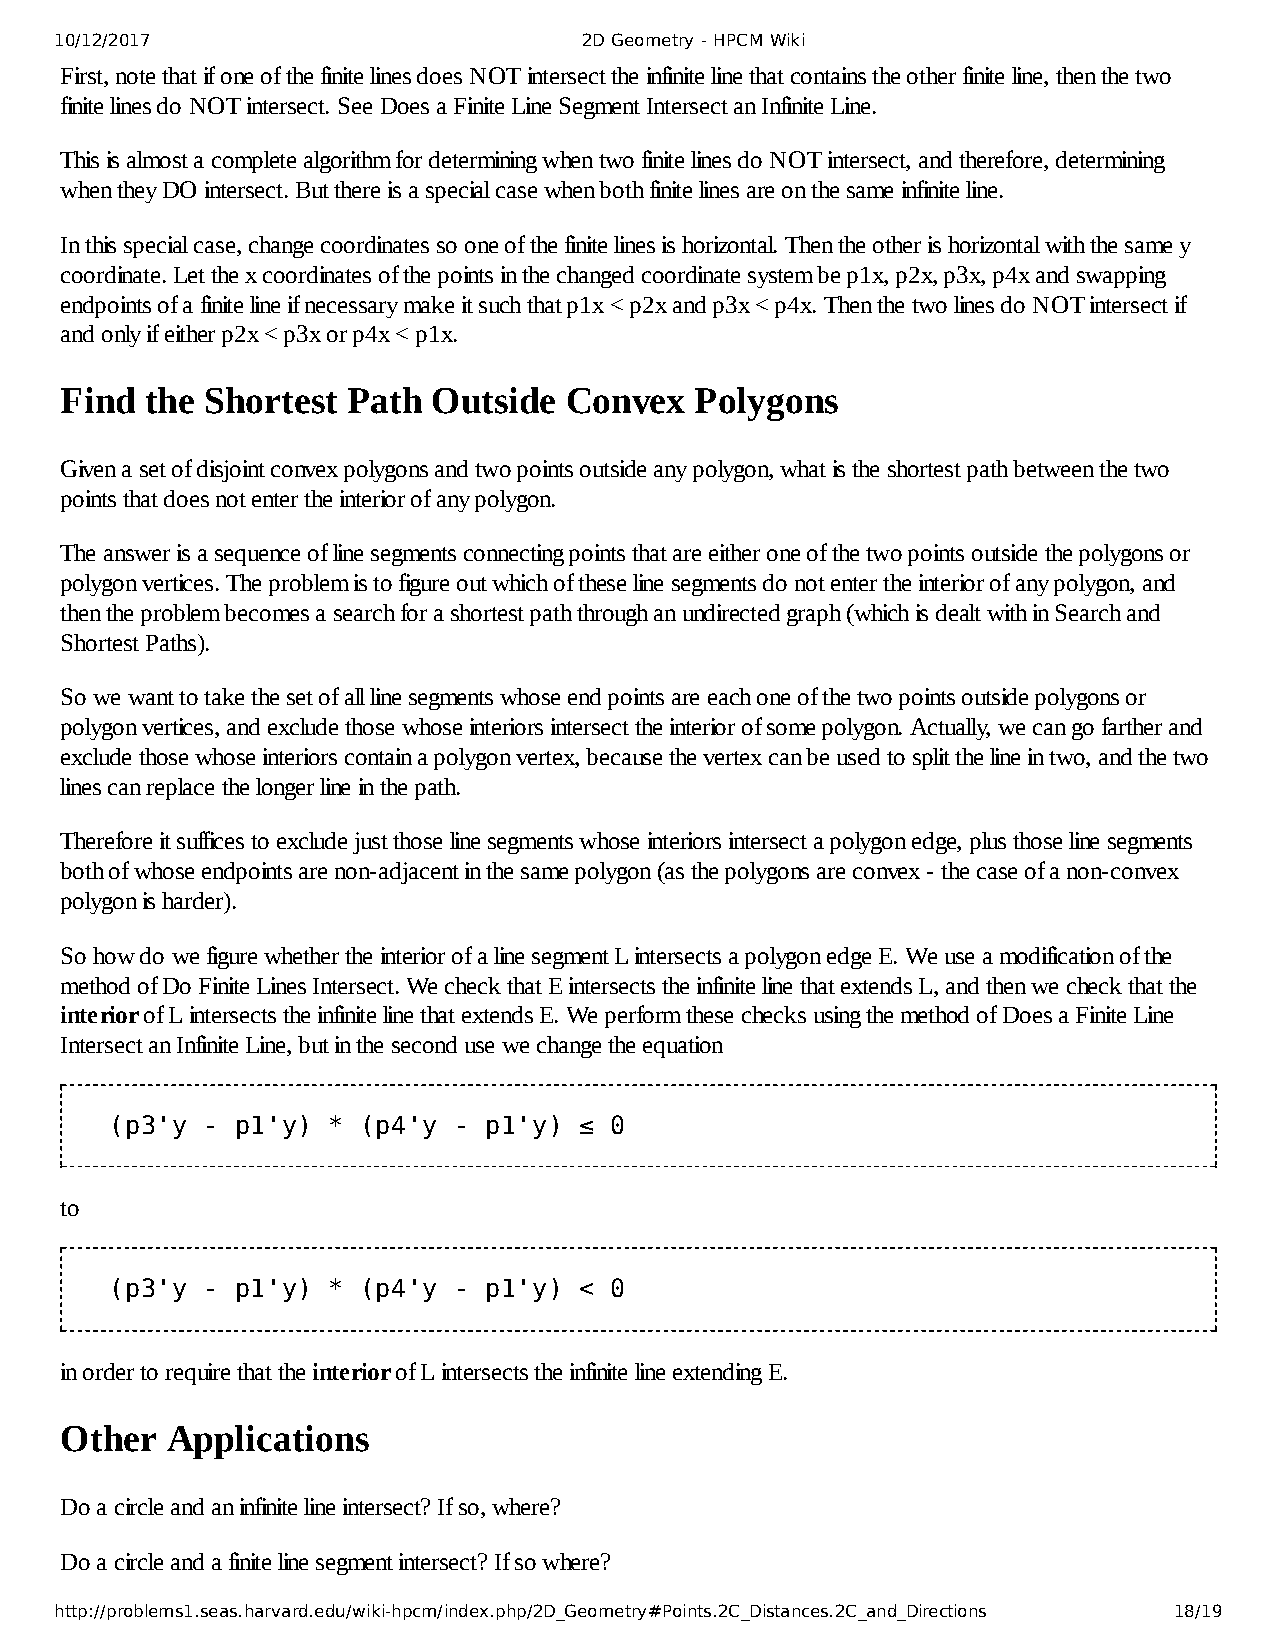
10/12/2017                         2D Geometry - HPCM Wiki
 First, note that if one of the finite lines does NOT intersect the infinite line that contains the other finite line, then the two
 finite lines do NOT intersect. See Does a Finite Line Segment Intersect an Infinite Line.
 This is almost a complete algorithm for determining when two finite lines do NOT intersect, and therefore, determining
 when they DO intersect. But there is a special case when both finite lines are on the same infinite line.
 In this special case, change coordinates so one of the finite lines is horizontal. Then the other is horizontal with the same y
 coordinate. Let the x coordinates of the points in the changed coordinate system be p1x, p2x, p3x, p4x and swapping
 endpoints of a finite line if necessary make it such that p1x < p2x and p3x < p4x. Then the two lines do NOT intersect if
 and only if either p2x < p3x or p4x < p1x.
 Find  the Shortest Path  Outside Convex   Polygons
 Given a set of disjoint convex polygons and two points outside any polygon, what is the shortest path between the two
 points that does not enter the interior of any polygon.
 The answer is a sequence of line segments connecting points that are either one of the two points outside the polygons or
 polygon vertices. The problem is to figure out which of these line segments do not enter the interior of any polygon, and
 then the problem becomes a search for a shortest path through an undirected graph (which is dealt with in Search and
 Shortest Paths).
 So we want to take the set of all line segments whose end points are each one of the two points outside polygons or
 polygon vertices, and exclude those whose interiors intersect the interior of some polygon. Actually, we can go farther and
 exclude those whose interiors contain a polygon vertex, because the vertex can be used to split the line in two, and the two
 lines can replace the longer line in the path.
 Therefore it suffices to exclude just those line segments whose interiors intersect a polygon edge, plus those line segments
 both of whose endpoints are non-adjacent in the same polygon (as the polygons are convex - the case of a non-convex
 polygon is harder).
 So how do we figure whether the interior of a line segment L intersects a polygon edge E. We use a modification of the
 method of Do Finite Lines Intersect. We check that E intersects the infinite line that extends L, and then we check that the
 interior of L intersects the infinite line that extends E. We perform these checks using the method of Does a Finite Line
 Intersect an Infinite Line, but in the second use we change the equation
 (p3'y -  p1'y) * (p4'y - p1'y) ≤ 0
 to
 (p3'y -  p1'y) * (p4'y - p1'y) < 0
 in order to require that the interior of L intersects the infinite line extending E.
 Other  Applications
 Do a circle and an infinite line intersect? If so, where?
 Do a circle and a finite line segment intersect? If so where?
 http://problems1.seas.harvard.edu/wiki-hpcm/index.php/2D_Geometry#Points.2C_Distances.2C_and_Directions 18/19